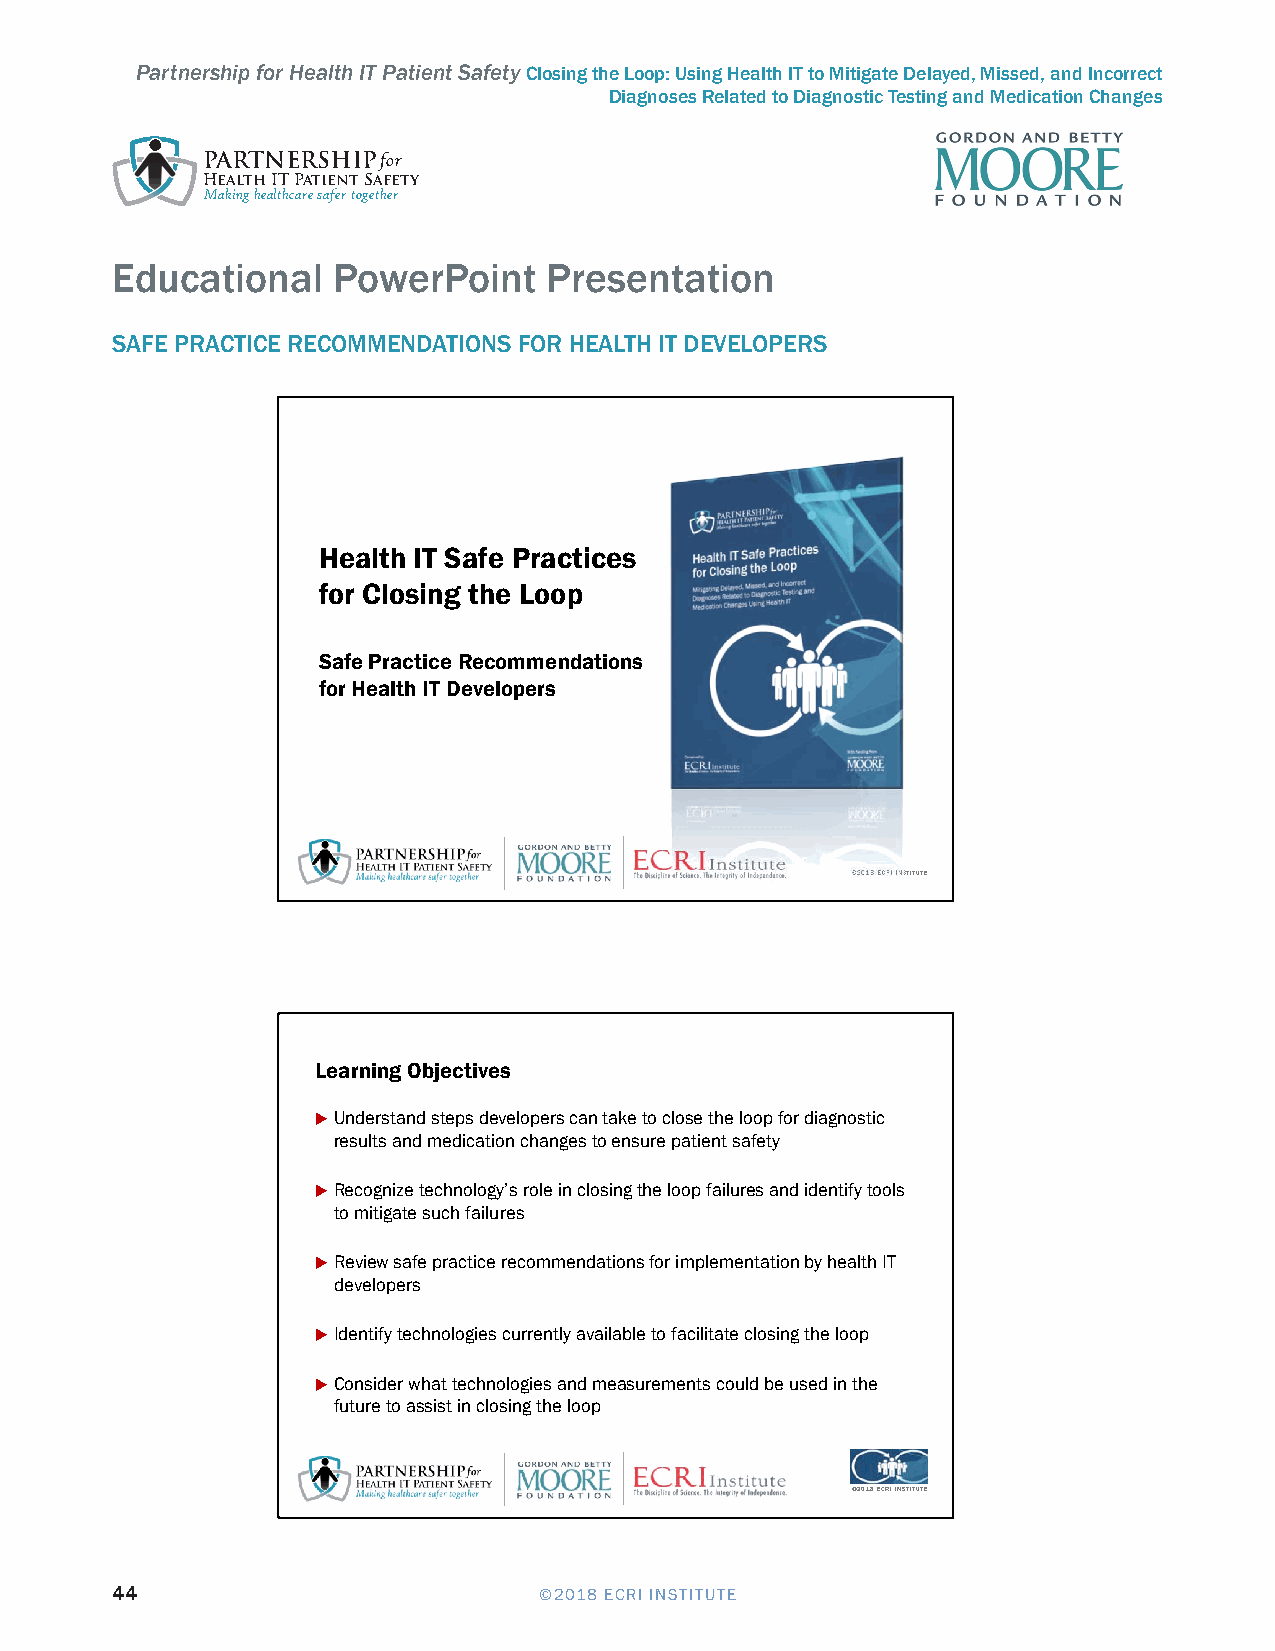
Partnership for Health IT Patient Safety Closing the Loop: Using Health IT to Mitigate Delayed, Missed, and Incorrect
 Diagnoses Related to Diagnostic Testing and Medication Changes
 PARTNERSHIPfor
 Health IT Patient Safety
 Making healthcare safer together
 HeEaltdh uIT cSaafet Piroacnticaesl foPr oClowsinegr tPheo Loionpt Presentation 5/4/2018
 SAFE PRACTICE RECOMMENDATIONS FOR HEALTH IT DEVELOPERS
 Health IT Safe Practices
 for Closing the Loop
 Safe Practice Recommendations
 for Health IT Developers
 ©2018 ECRI INSTITUTE
 Learning Objectives
 Understand steps developers can take to close the loop for diagnostic
 results and medication changes to ensure patient safety
 Recognize technology’s role in closing the loop failures and identify tools
 to mitigate such failures
 Review safe practice recommendations for implementation by health IT
 developers
 Identify technologies currently available to facilitate closing the loop
 Consider what technologies and measurements could be used in the
 future to assist in closing the loop
 ©2018 ECRI INSTITUTE
 44                           ©2018 ECRI INSTITUTE
 Recommendations for Health IT Product
 Management and Development                                           1